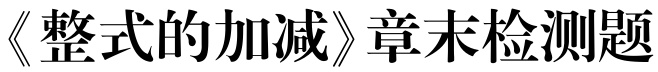
《整式的加减》章末检测题